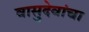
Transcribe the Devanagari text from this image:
वासुदेवांचा